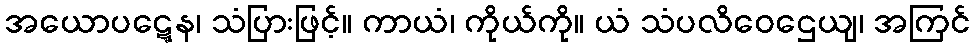
အယောပဋ္ဋေန၊ သံပြားဖြင့်။ ကာယံ၊ ကိုယ်ကို။ ယံ သံပလိဝေဌေယျ၊ အကြင်